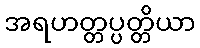
အရဟတ္တပ္ပတ္တိယာ